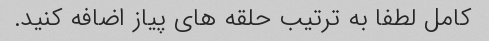
کامل لطفا به ترتیب حلقه های پیاز اضافه کنید.